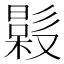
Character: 𣚤